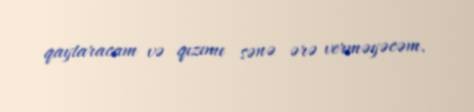
qaytaracam və qızımı sənə ərə verməyəcəm.